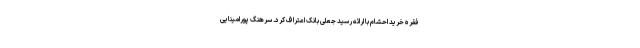
فقره خرید احشام با ارائه رسید جعلی بانک اعتراف کرد. سرهنگ پورامینایی